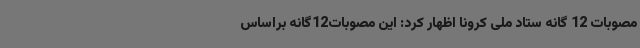
مصوبات 12 گانه ستاد ملی کرونا اظهار کرد: این مصوبات12گانه براساس